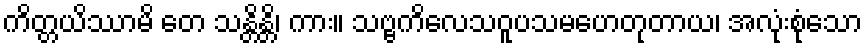
ကိတ္တယိဿာမိ တေ သန္တိန္တိ၊ ကား။ သဗ္ဗကိလေသဝူပသမဟေတုတာယ၊ အလုံးစုံသော